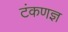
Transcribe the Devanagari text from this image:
टंकणज्ञ